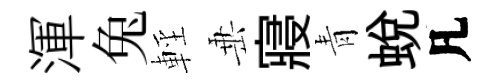
渾兔輕𡸁寢青蛻凡